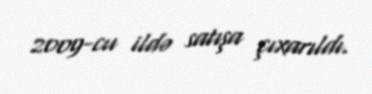
2009-cu ildə satışa çıxarıldı.